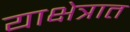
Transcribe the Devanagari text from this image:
याक्षेत्रात